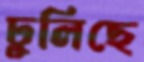
ঢুলিছে